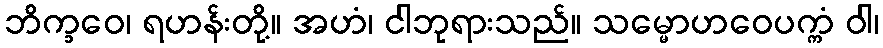
ဘိက္ခဝေ၊ ရဟန်းတို့။ အဟံ၊ ငါဘုရားသည်။ သမ္မောဟဝေပက္ကံ ဝါ၊